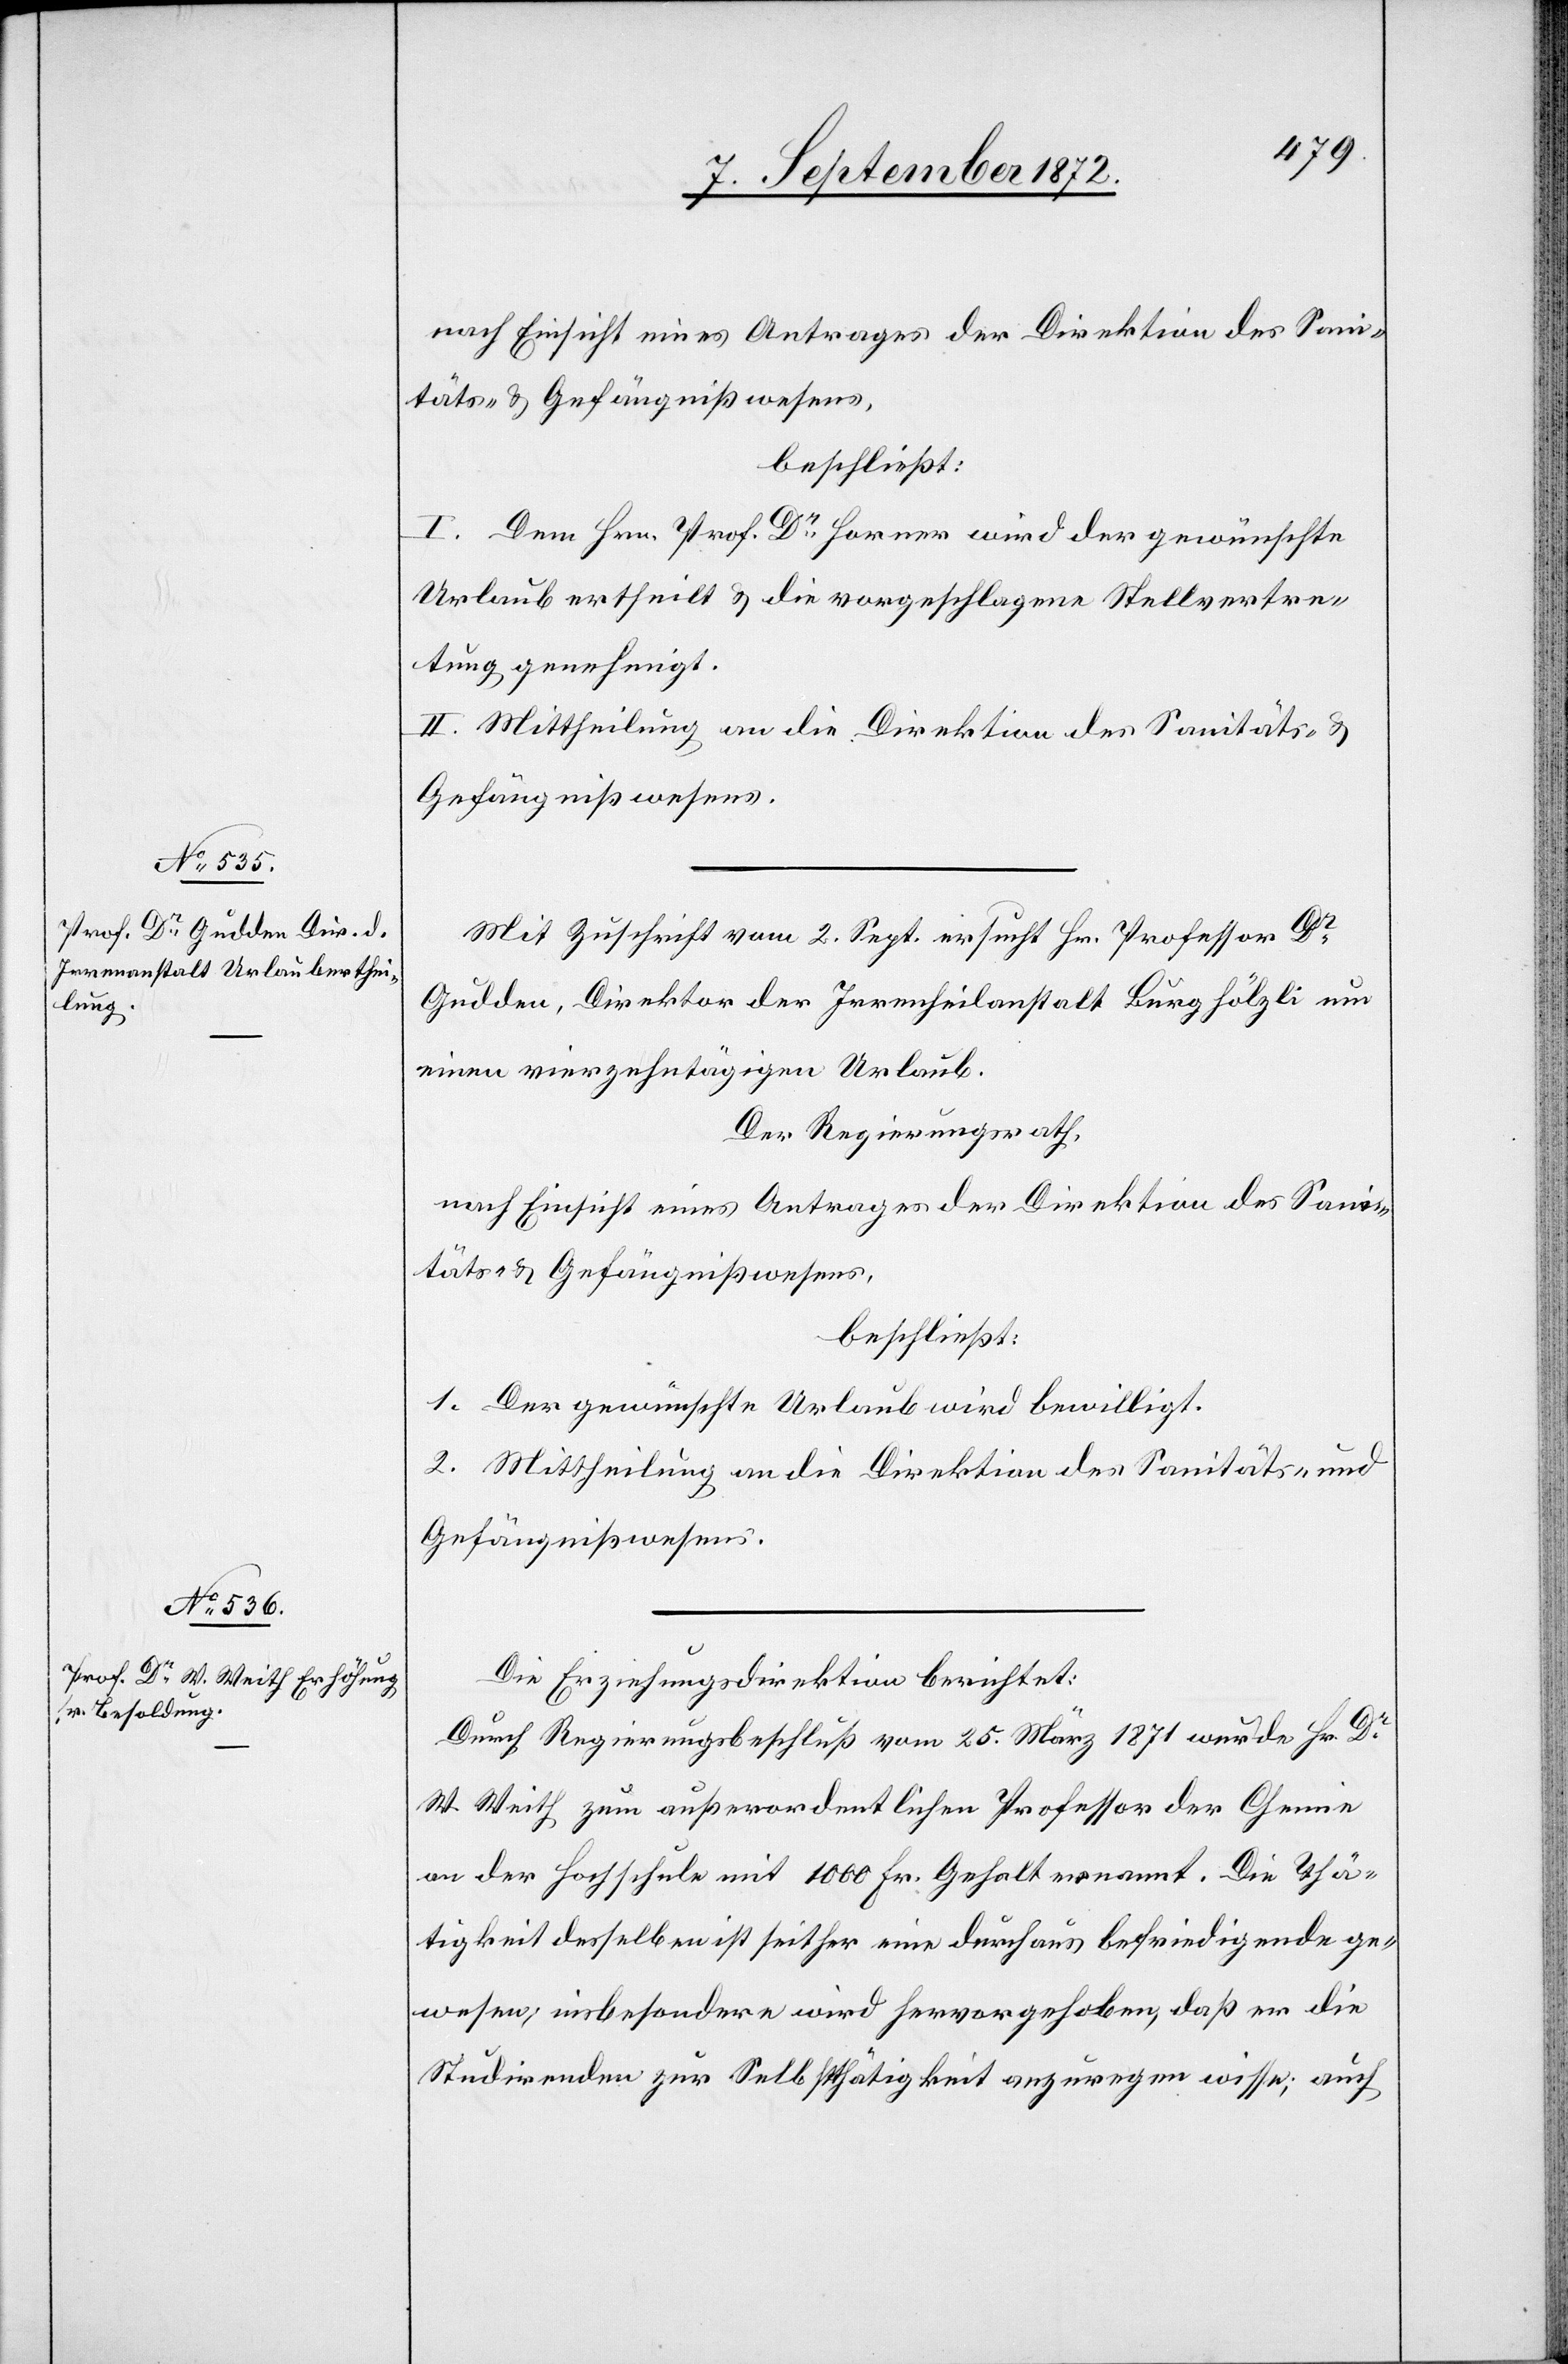
nach Einsicht eines Antrages der Direktion des Sani¬
täts- u. Gefängnißwesens,
beschließt:
I. Dem Hrn. Prof. Dr Horner wird der gewünschte
Urlaub ertheilt u. die vorgeschlagene Stellvertre¬
tung genehmigt.
II. Mittheilung an die Direktion des Sanitäts- u.
Gefängnißwesens.
Mit Zuschrift vom 2. Sept. ersucht Hr. Professor Dr
Gudden, Direktor der Irrenheilanstalt Burghölzli um
einen vierzehntägigen Urlaub.
Der Regierungsrath,
nach Einsicht eines Antrages der Direktion des Sani¬
täts- u. Gefängnißwesens,
beschließt:
1. Der gewünschte Urlaub wird bewilligt.
2. Mittheilung an die Direktion des Sanitäts- u.
Gefängnißwesens.
Die Erziehungsdirektion berichtet:
Durch Regierungsbeschluß vom 25. März 1871 wurde Hr. Dr
W. Weith zum außerordentlichen Professor der Chemie
an der Hochschule mit 1000 Fr. Gehalt ernannt. Die Thä¬
tigkeit desselben ist seither eine durchaus befriedigende ge¬
wesen, insbesondere wird hervorgehoben, daß er die
Studirenden zur Selbstthätigkeit anzuregen wisse; auch